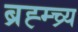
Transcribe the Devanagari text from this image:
ब्रह्म्च्र्य